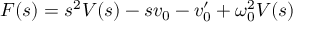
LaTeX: F ( s ) = s ^ { 2 } V ( s ) - s v _ { 0 } - v _ { 0 } ^ { \prime } + \omega _ { 0 } ^ { 2 } V ( s )